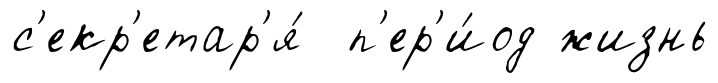
с'екр'етар'я́ п'ер'и́од жизнь